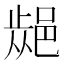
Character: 𨜁